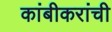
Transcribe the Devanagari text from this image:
कांबीकरांची